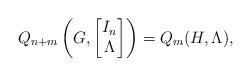
\begin{align*} Q_{n+m} \left( G, \begin{bmatrix} I_n \\ \Lambda \end{bmatrix} \right) = Q_m(H, \Lambda),\end{align*}